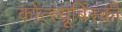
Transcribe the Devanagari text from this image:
कोत्स्यूबिंस्की